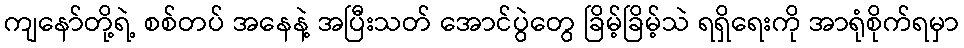
ကျနော်တို့ရဲ့ စစ်တပ် အနေနဲ့ အပြီးသတ် အောင်ပွဲတွေ ခြိမ့်ခြိမ့်သဲ ရရှိရေးကို အာရုံစိုက်ရမှာ